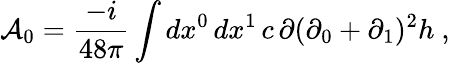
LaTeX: {\cal A}_{0}=\frac{-i}{48\pi}\int dx^{0}\, dx^{1}\, c\, \partial(\partial_{0}+\partial_{1})^{2}h\ ,